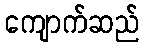
ကျောက်ဆည်